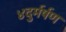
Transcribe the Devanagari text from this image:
४दुर्मर्षण